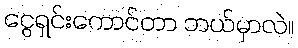
ငွေရှင်းကောင်တာ ဘယ်မှာလဲ။